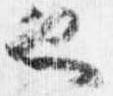
也